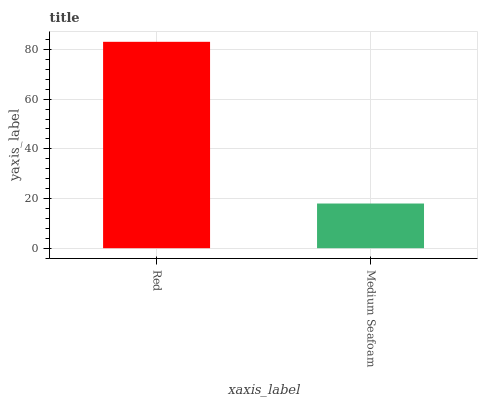
| xaxis_label | bars |
 | --- | --- |
 | Red | 83.1 |
 | Medium Seafoam | 18 |